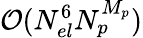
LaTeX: \mathcal{O}(N_{el}^{6}N_{p}^{M_{p}})